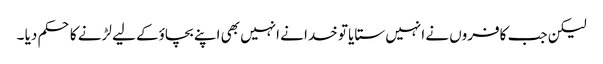
لیکن جب کافروں نے انہیں ستایا تو خدا نے انہیں بھی اپنے بچاؤکے لیے لڑنے کا حکم دیا ۔